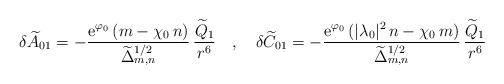
LaTeX: \begin{align*}\delta{\widetilde A}_{01}=-\frac{{\rm e}^{\varphi_0}\,(m-\chi_0\,n)}{{\widetilde\Delta}_{m,n}^{1/2}}\,\frac{{\widetilde Q}_1 }{r^6} ~~~,~~~\delta{\widetilde C}_{01} = -\frac{{\rm e}^{\varphi_0}\,(|\lambda_0|^2\,n-\chi_0\,m)}{{\widetilde\Delta}_{m,n}^{1/2}}\,\frac{{\widetilde Q}_1}{r^6}\end{align*}